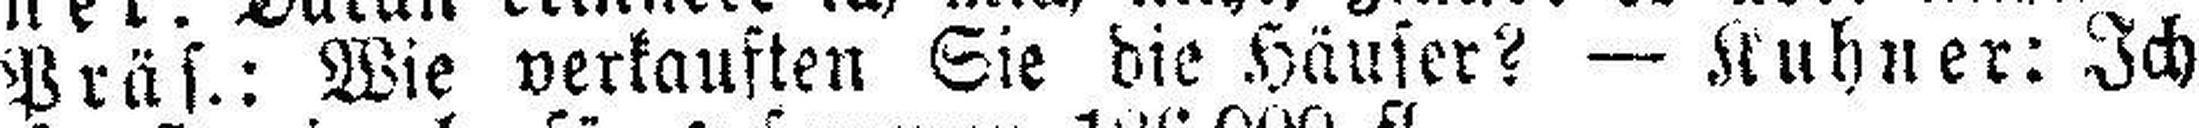
Präs.: Wie verkauften Sie die Häuser? — Kuhner: Ich